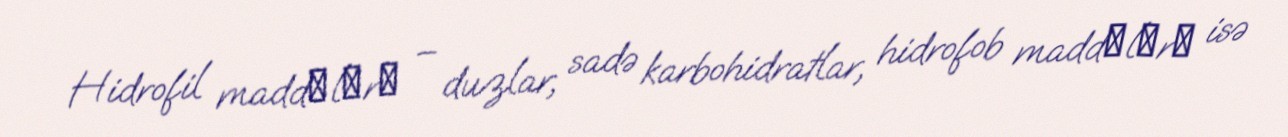
Hidrofil maddәlәrә – duzlar, sadə karbohidratlar, hidrofob maddәlәrә isə